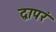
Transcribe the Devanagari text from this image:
द्वापरं